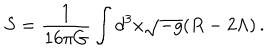
S = \frac { 1 } { 1 6 \pi G } \int d ^ { 3 } x \sqrt { - g } ( R - 2 \Lambda ) \, .